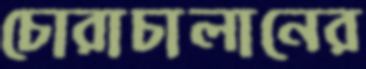
চোরাচালানের